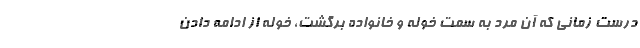
درست زماني كه آن مرد به‌ سمت خوله و خانواده برگشت، خوله از ادامه دادن